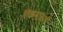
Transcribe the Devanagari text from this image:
तिळमात्रही